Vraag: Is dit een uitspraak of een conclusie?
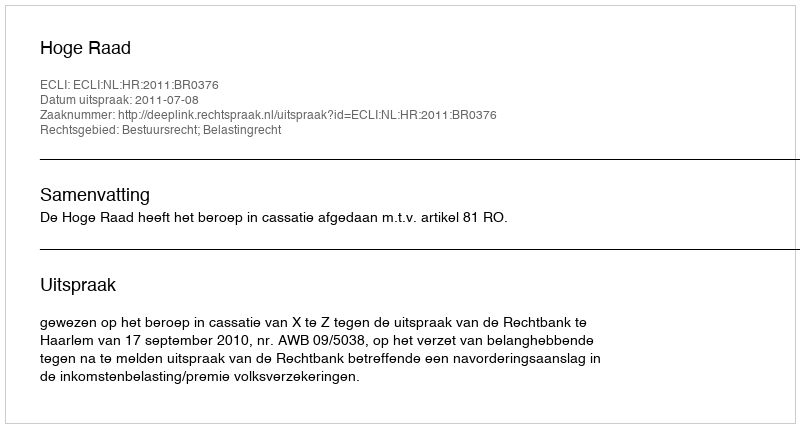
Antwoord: Uitspraak